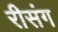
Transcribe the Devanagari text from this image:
रीसंग